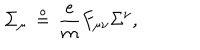
LaTeX: { \dot { \Sigma } } _ { \mu } \, \stackrel { \circ } { = } \, { \frac { e } { m } } F _ { \mu \nu } \Sigma ^ { \nu } ,